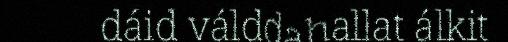
dáid válddahallat álkit